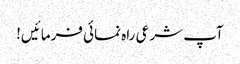
آپ شرعی راہ نمائی فرمائیں!